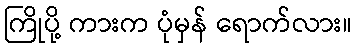
ကြိုပို့ ကားက ပုံမှန် ရောက်လား။